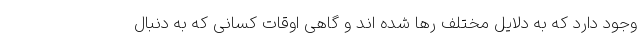
وجود دارد که به دلایل مختلف رها شده اند و گاهی اوقات کسانی که به دنبال